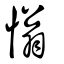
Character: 慃